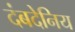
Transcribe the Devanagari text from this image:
दंबदेनिय